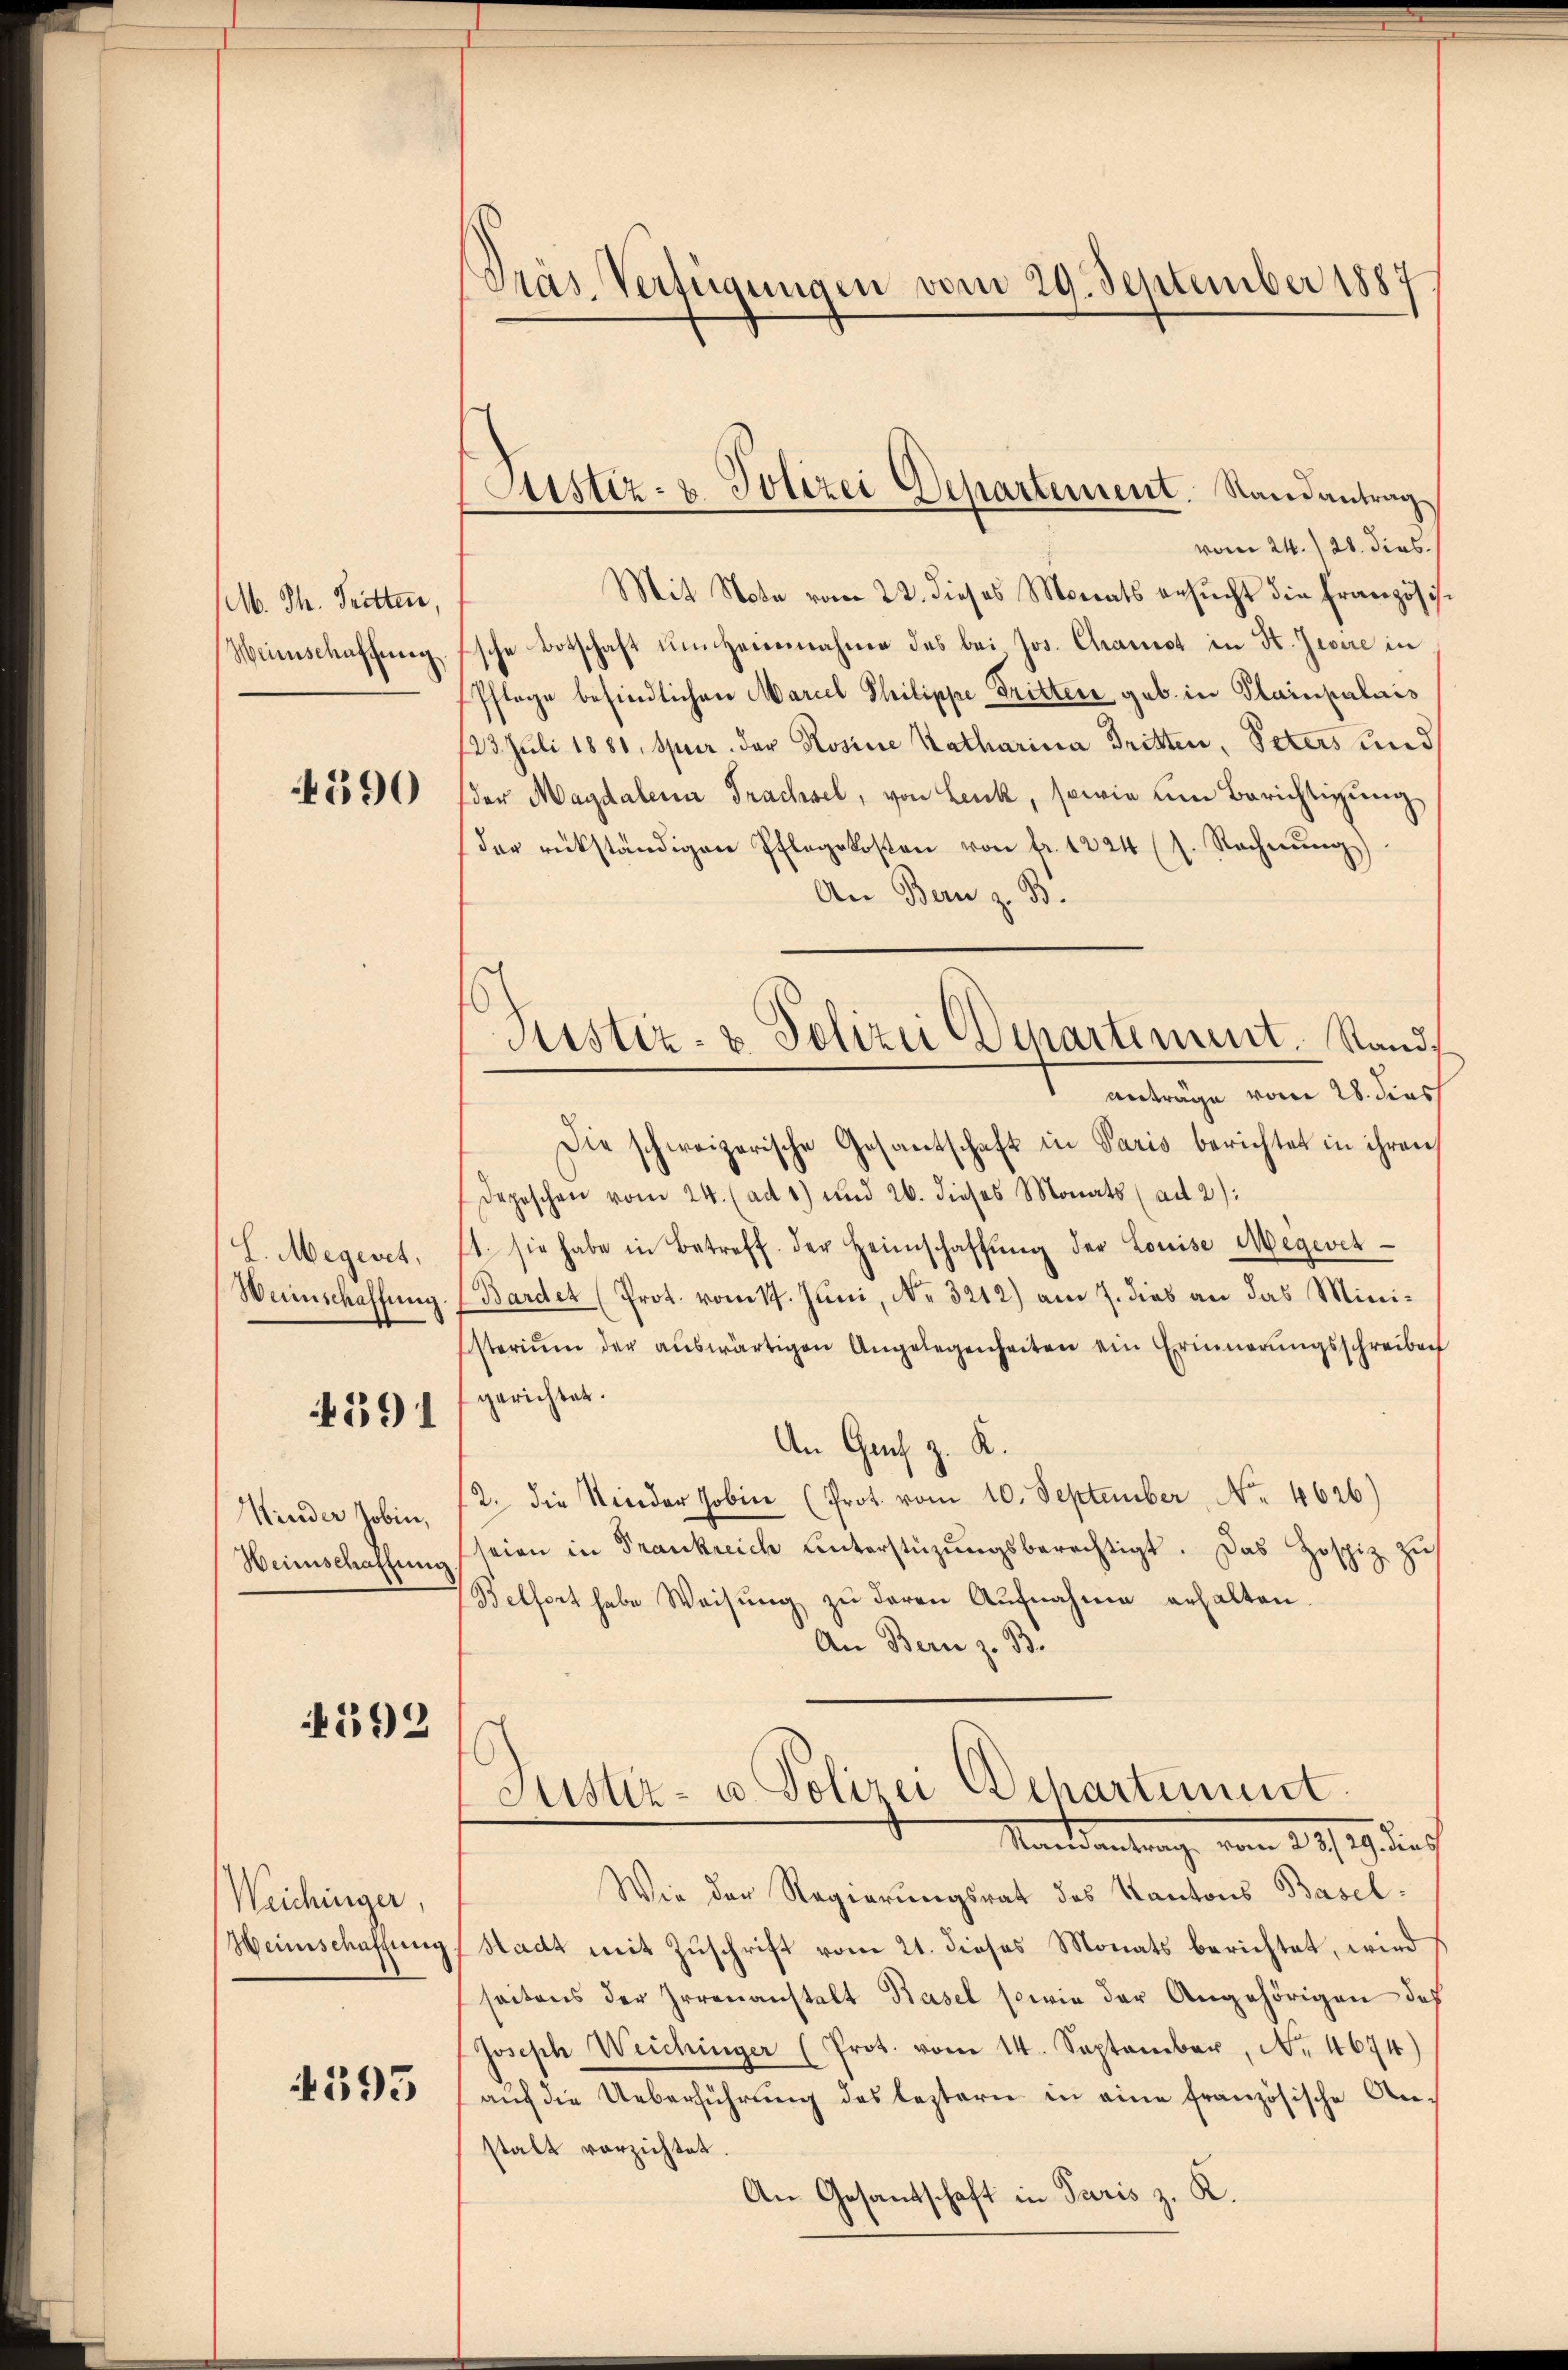
M. Th. Tritten,
Weinschaffung

4590

L. Megeret,
Weinschaffung

4591

Kinder Jobin,
Weinschaffung

192

Weichinger
Weinschaffung

393

Präs. Verfügungen vom 29. September 1887

vom 24. 128. dies
Mit Note vom 22. dieses Monats ersucht die Französis
sche Botschaft um Herrenahmen des bei Jos. Chamst in St. Jedere in
Pflege befindlichen Marcel Philippe Dritter geb. in Plainpalais
123. Juli 1880, Spier. der Rosine Katharina Tritten, Peters und
der Magdalena Trachsel, von Lenk, sowie um Berichtigung
der rückständigen Pflegekosten von fr. 1224 (s. Rechnŭng
An Bern z. B.
Die schweizerische Gesantschaft in Paris berichtet in ihren
Depeschen vom 24. (ad 1) und 26. dieses Monats (ad 2):
1. sie habe in Betreff der Heimschaffŭng der Louise Megever-
Bardet (Prot. vom 14. Juni, No. 3212) am 7. dies an das Ministerium der aŭswärtigen Angelegenheiten ein Erinnerungsschreiben
gerichtet.
An Gach z. K.
2. die Nieder Jobin (Prot. vom 10. September, No. 4626)
seien in Frankreich unterstüzŭngsberechtigt. Das Zospiz zu
Belfort habe Weisung zu deren Aufnahme erhalten.
An Bern z. B.
Justiz- u. Polizei Departement.
Mandantung vom 24. 9. durch
Wie der Regierungsrat des Kantons Baselstadt mit Zuschrift vom 21. dieses Monats berichtet, wird
seitens der Irrenanstalt Basel sowie der Angehörigen des
Joseph Weichinger (Prot. vom 14. September, No. 4674)
auf die Ueberführung des leztern in eine französische Anstalt vorzichtet.
An Gesantschaft in Paris z. K.

Aistiz- u. Polizei Departement. Randantrag

Justiz- & Polizei Departement. Stande
antrage vom 28. dies